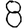
Digit: 8